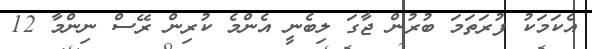
އެކަމަކު ފުރަތަމަ ބުރުން ޖާގަ ލިބެނީ އެންމެ ކުރިން ރޭސް ނިންމާ 12